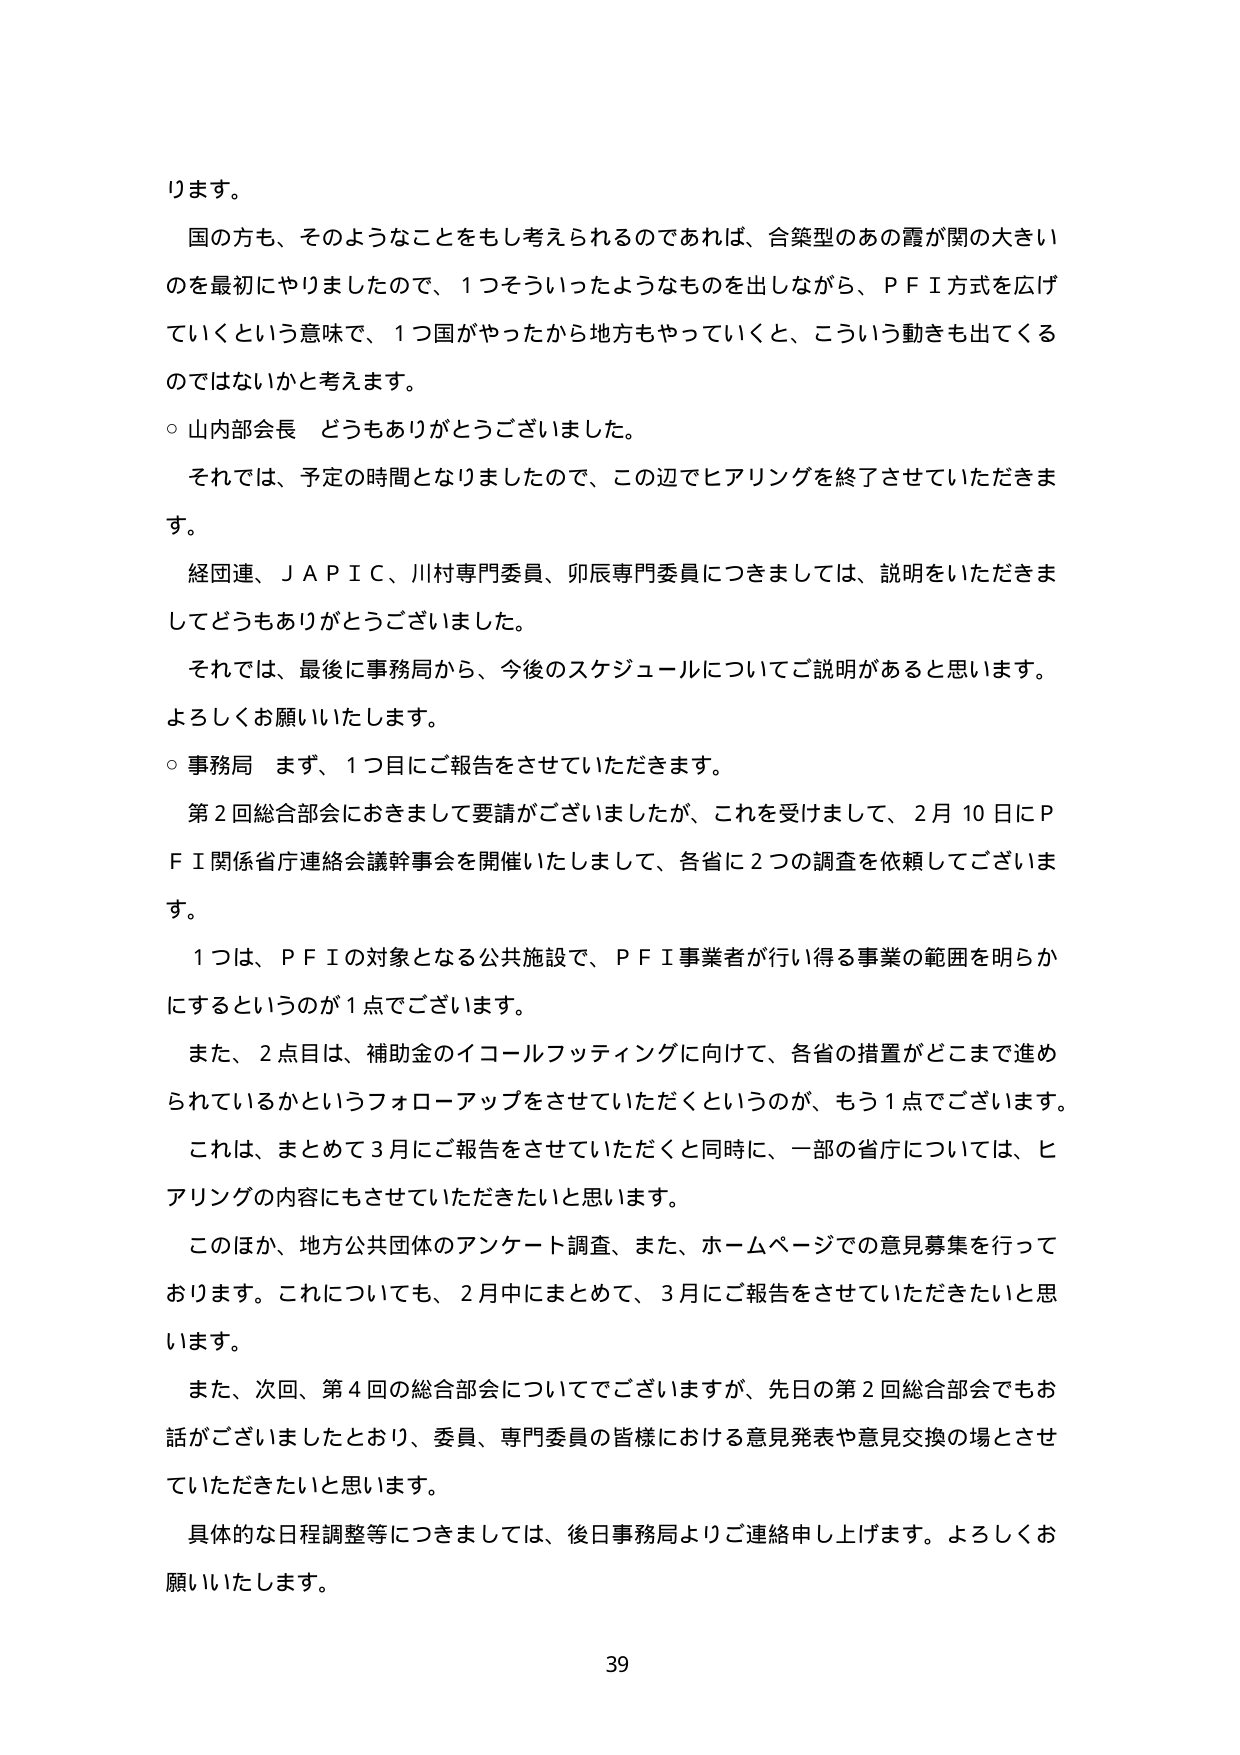
ります。

国の方も、そのようなことをもし考えられるのであれば、合築型のあの霞が関の大きい
のを最初にやりましたので、1つそういったようなものを出しながら、ＰＦＩ方式を広げ
ていくという意味で、1つ国がやったから地方もやっていくと、こういう動きも出てくる
のではないかと考えます。

○ 山内部会長 どうもありがとうございました。

それでは、予定の時間となりましたので、この辺でヒアリングを終了させていただきま
す。

経団連、ＪＡＰＩＣ、川村専門委員、卯辰専門委員につきましては、説明をいただきま
してどうもありがとうございました。

それでは、最後に事務局から、今後のスケジュールについてご説明があると思います。
よろしくお願いいたします。

○ 事務局 まず、1つ目にご報告をさせていただきます。

第2回総合部会におきまして要請がございましたが、これを受けまして、2月10日にＰ
ＦＩ関係省庁連絡会議幹事会を開催いたしまして、各省に2つの調査を依頼してございま
す。

1つは、ＰＦＩの対象となる公共施設で、ＰＦＩ事業者が行い得る事業の範囲を明らか
にするというのが1点でございます。

また、2点目は、補助金のイコールフッティングに向けて、各省の措置がどこまで進め
られているかというフォローアップをさせていただくというのが、もう1点でございます。
これは、まとめて3月にご報告をさせていただくと同時に、一部の省庁については、ヒ
アリングの内容にもさせていただきたいと思います。

このほか、地方公共団体のアンケート調査、また、ホームページでの意見募集を行って
おります。これについても、2月中にまとめて、3月にご報告をさせていただきたいと思
います。

また、次回、第4回の総合部会についてでございますが、先日の第2回総合部会でもお
話がございましたとおり、委員、専門委員の皆様における意見発表や意見交換の場とさせ
ていただきたいと思います。

具体的な日程調整等につきましては、後日事務局よりご連絡申し上げます。よろしくお
願いいたします。

39